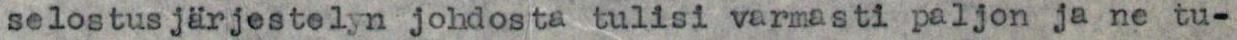
selostusjärjestelyn johdosta tulisi varmasti paljon ja ne tu-